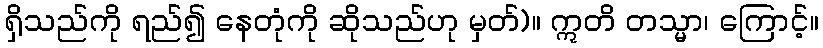
ရှိသည်ကို ရည်၍ နေတုံကို ဆိုသည်ဟု မှတ်)။ ဣတိ တသ္မာ၊ ကြောင့်။